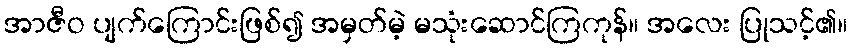
အာဇီဝ ပျက်ကြောင်းဖြစ်၍ အမှတ်မဲ့ မသုံးဆောင်ကြကုန်။ အလေး ပြုသင့်၏။